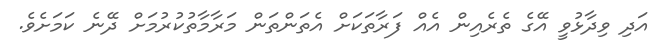
އަދި ވިދާޅުވީ އޭގެ ތެރެއިން އެއް ފަރާތަކަށް އެތަންތަން މަރާމާތުކުރުމަށް ދޭނެ ކަމަށެވެ.